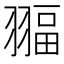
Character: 𦑞